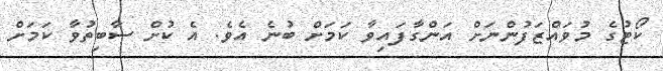
ކޯޓުގެ މުވައްޒަފުންނަށް އަންގާފައިވާ ކަމަށް ބުނެ އެވެ. އެ ކުށް ސާބިތުވާ ކަމަށް